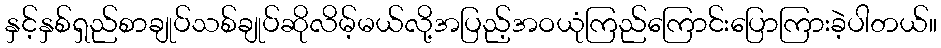
နှင့်နှစ်ရှည်စာချုပ်သစ်ချုပ်ဆိုလိမ့်မယ်လို့အပြည့်အဝယုံကြည်ကြောင်းပြောကြားခဲ့ပါတယ်။